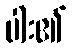
ပါး၏